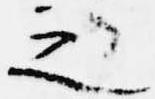
之